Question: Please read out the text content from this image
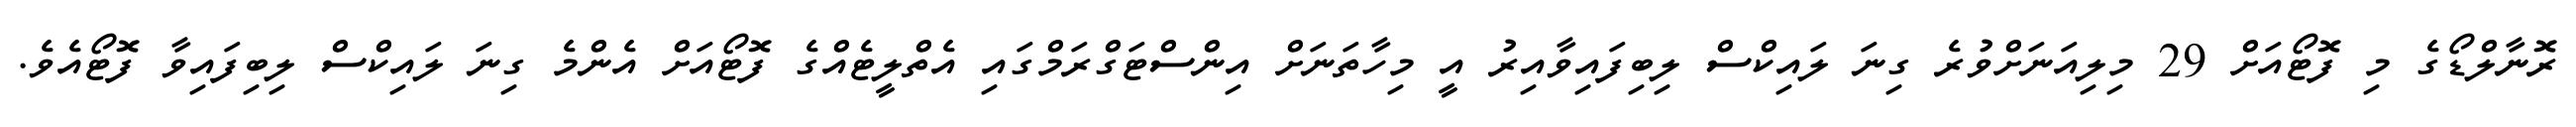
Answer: ރޮނާލްޑޯގެ މި ފޮޓޯއަށް 29 މިލިއަނަށްވުރެ ގިނަ ލައިކްސް ލިބިފައިވާއިރު އީ މިހާތަނަށް އިންސްޓަގްރަމްގައި އެތްލީޓެއްގެ ފޮޓޯއަށް އެންމެ ގިނަ ލައިކްސް ލިބިފައިވާ ފޮޓޯއެވެ.